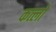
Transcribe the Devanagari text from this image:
कत्लों